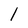
Character: l